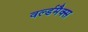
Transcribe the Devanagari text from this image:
वर्ल्डमैक्स